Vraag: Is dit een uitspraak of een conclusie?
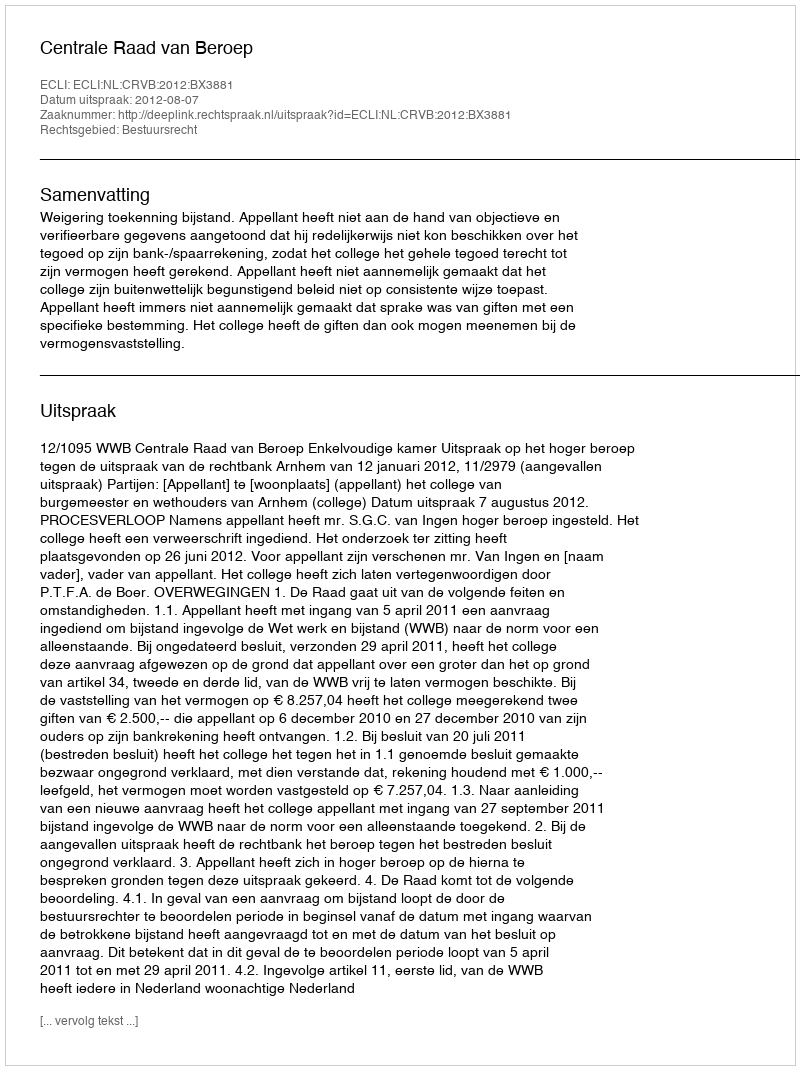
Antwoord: Uitspraak